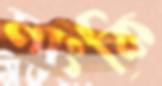
মাংকি